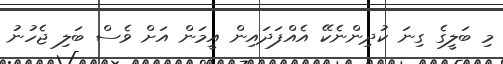
މި ބަލީގެ ގިނަ ކުދިންނެކޭ އެއްފަދައިން އީމަން އަށް ވެސް ބަލި ޖެހުނު